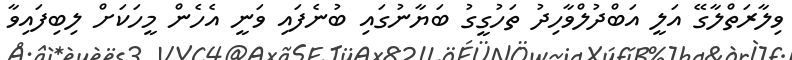
ވިލާރަތްލާގޭ އަލީ އަބްދުލްވާހިދު ތަހުގީގު ބަޔާނުގައި ބުނެފައި ވަނީ އެހެން މީހަކަށް ލިބިފައިވާ